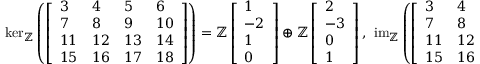
\begin{array} { r } { \ker _ { \mathbb { Z } } \left( \left[ \begin{array} { l l l l } { 3 } & { 4 } & { 5 } & { 6 } \\ { 7 } & { 8 } & { 9 } & { 1 0 } \\ { 1 1 } & { 1 2 } & { 1 3 } & { 1 4 } \\ { 1 5 } & { 1 6 } & { 1 7 } & { 1 8 } \end{array} \right] \right) = \mathbb { Z } \left[ \begin{array} { l } { 1 } \\ { - 2 } \\ { 1 } \\ { 0 } \end{array} \right] \oplus \mathbb { Z } \left[ \begin{array} { l } { 2 } \\ { - 3 } \\ { 0 } \\ { 1 } \end{array} \right] , \ \operatorname { i m } _ { \mathbb { Z } } \left( \left[ \begin{array} { l l l l } { 3 } & { 4 } & { 5 } & { 6 } \\ { 7 } & { 8 } & { 9 } & { 1 0 } \\ { 1 1 } & { 1 2 } & { 1 3 } & { 1 4 } \\ { 1 5 } & { 1 6 } & { 1 7 } & { 1 8 } \end{array} \right] \right) = \mathbb { Z } \left[ \begin{array} { l } { 1 } \\ { 1 } \\ { 1 } \\ { 1 } \end{array} \right] \oplus \mathbb { Z } \left[ \begin{array} { l } { 0 } \\ { 4 } \\ { 8 } \\ { 1 2 } \end{array} \right] . } \end{array}